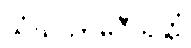
သံဃသာမဂ္ဂီသုတ္တံ